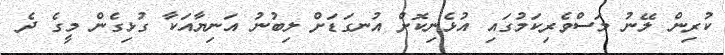
ކުރިން ލޭނު މަސްވެރިކަމުގައި އުޅެނިކޮށް އުނގަޑަށް ލިބުނު އަނިޔާއަކާ ގުޅިގެން މީގެ ދެ